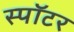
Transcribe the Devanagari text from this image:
स्पॉटर